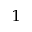
^ { 1 }